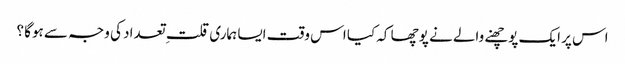
اس پر ایک پوچھنے والے نے پوچھا کہ کیا اس وقت ایسا ہماری قلت ِ تعداد کی وجہ سے ہوگا ؟